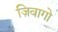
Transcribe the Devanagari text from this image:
ज़िवागो